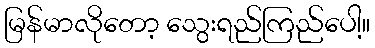
မြန်မာလိုတော့ သွေးရည်ကြည်ပေါ့။